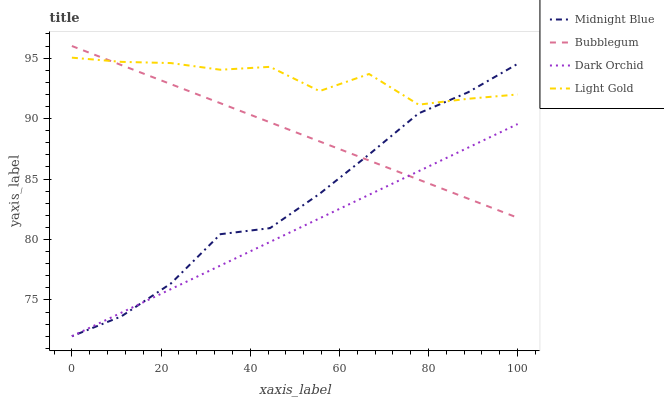
| xaxis_label | Midnight Blue | Bubblegum | Dark Orchid | Light Gold |
 | --- | --- | --- | --- | --- |
 | 0 | 72 | 96 | 72 | 95 |
 | 11.1 | 73.6 | 94.4 | 73.9 | 94.7 |
 | 22.2 | 76.4 | 92.8 | 75.9 | 94.6 |
 | 33.3 | 80.4 | 91.3 | 77.8 | 94 |
 | 44.4 | 80.9 | 89.7 | 79.8 | 94.3 |
 | 55.6 | 83.8 | 88.1 | 81.7 | 92.3 |
 | 66.7 | 87 | 86.5 | 83.7 | 93.7 |
 | 77.8 | 90.4 | 85 | 85.6 | 91.2 |
 | 88.9 | 92.2 | 83.4 | 87.6 | 91.6 |
 | 100 | 94.5 | 81.8 | 89.5 | 92 |